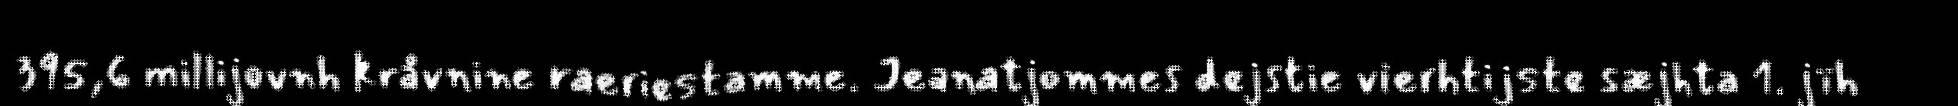
395,6 millijovnh kråvnine raeriestamme. Jeanatjommes dejstie vierhtijste sæjhta 1. jïh